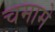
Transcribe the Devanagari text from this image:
चमामे